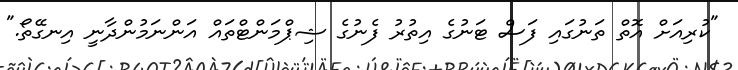
"ކުރިއަށް އޮތް ތަނުގައި ފަސް ޓަނުގެ އިތުރު ފެނުގެ ޝިޕްމަންޓްތައް އަންނަމުންދާނީ އިނގޭތޯ."